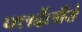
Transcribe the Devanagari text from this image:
फ्लर्देलीसे